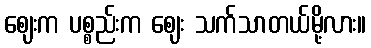
ဈေးက ပစ္စည်းက ဈေး သက်သာတယ်မို့လား။